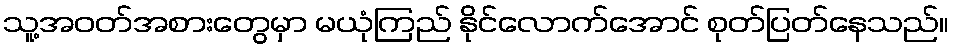
သူ့အဝတ်အစားတွေမှာ မယုံကြည် နိုင်လောက်အောင် စုတ်ပြတ်နေသည်။